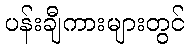
ပန်းချီကားများတွင်